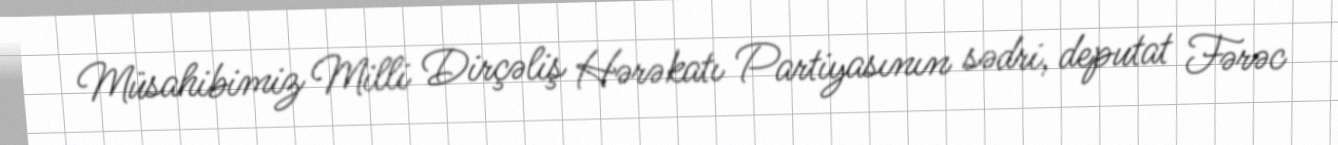
Müsahibimiz Milli Dirçəliş Hərəkatı Partiyasının sədri, deputat Fərəc